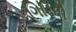
ગિરિધી